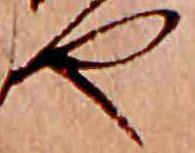
や